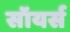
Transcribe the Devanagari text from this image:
सॉयर्स